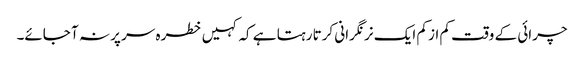
چرائی کے وقت کم از کم ایک نر نگرانی کرتا رہتا ہے کہ کہیں خطرہ سر پر نہ آ جائے۔